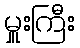
မှူးကြီး